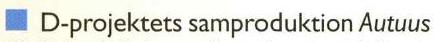
 D-projektets samproduktion Autuus